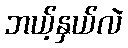
ဘယ့်နှယ်လဲ